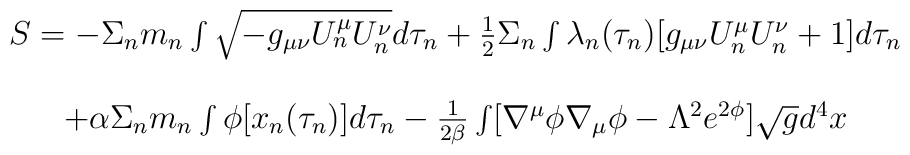
\begin{array}{c}S=-\Sigma_nm_n\int\sqrt{-g_{\mu\nu}U^{\mu}_nU^{\nu}_n}d\tau_n+\frac{1}{2}\Sigma_n\int\lambda_n(\tau_n)[g_{\mu\nu}U^{\mu}_nU^{\nu}_n+1]d\tau_n\\    \\+\alpha\Sigma_nm_n\int\phi[x_n(\tau_n)]d\tau_n-\frac{1}{2\beta}\int[\nabla^{\mu}\phi\nabla_{\mu}\phi-\Lambda^2e^{2\phi}]\sqrt{g}d^4x\\\end{array}